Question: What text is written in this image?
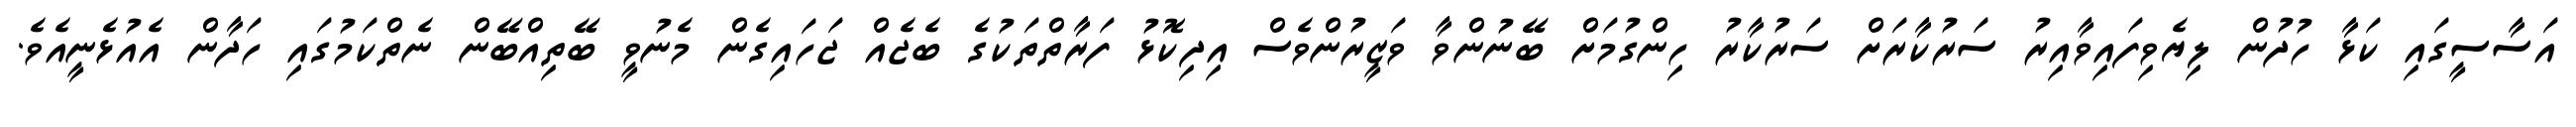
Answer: އަސާސީގައި ކަޅާ ހުދުން ލިޔެވިފައިވާއިރު ސަރުކާރަށް ސަރުކާރު ހިންގުމަށް ބޭނުންވާ ވަޒީރުންވެސް އިދިކޮޅު ފަރާތްތަކުގެ ބެޖެއް ޖަހައިގެން މެނުވީ ބޭތިއްބޭން ނެތްކަމުގައި ހަދާން އެއުޅެނީއެވެ.